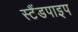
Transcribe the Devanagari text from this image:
स्टैंडपाइप